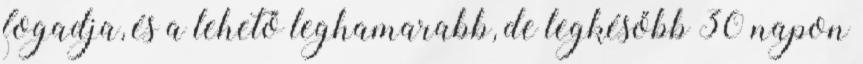
fogadja, és a lehető leghamarabb, de legkésőbb 30 napon